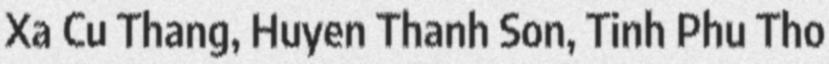
Xa Cu Thang, Huyen Thanh Son, Tinh Phu Tho